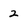
Character: 2